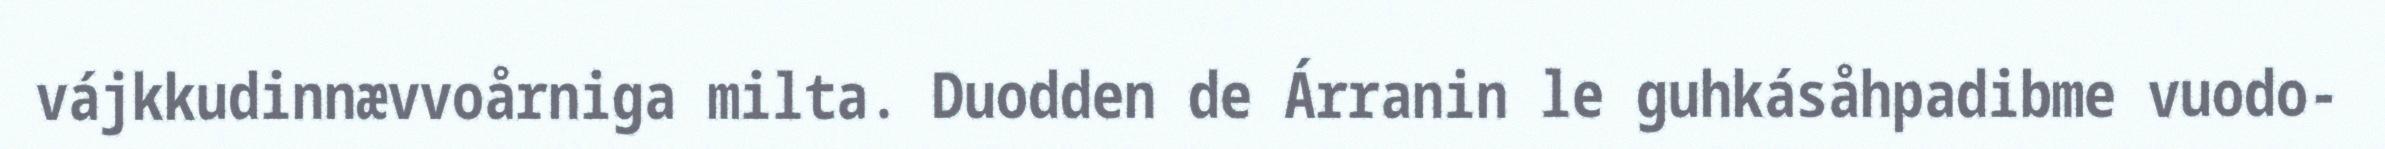
vájkkudinnævvoårniga milta. Duodden de Árranin le guhkásåhpadibme vuodo-